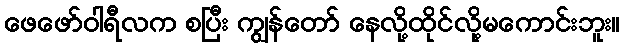
ဖေဖော်ဝါရီလက စပြီး ကျွန်တော် နေလို့ထိုင်လို့မကောင်းဘူး။